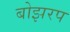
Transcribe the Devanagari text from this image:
बोझरप